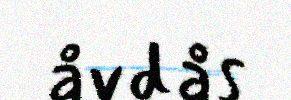
åvdås